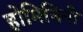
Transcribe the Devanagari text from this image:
होमिनिनी